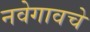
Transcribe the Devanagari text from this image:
नवेगावचे